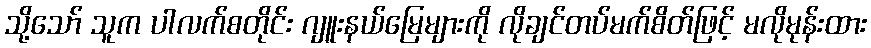
သို့သော် သူက ပါလက်စတိုင်း ဂျူးနယ်မြေများကို လိုချင်တပ်မက်စိတ်ဖြင့် မလိုမုန်းထား